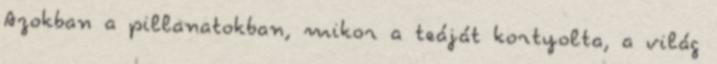
Azokban a pillanatokban, mikor a teáját kortyolta, a világ